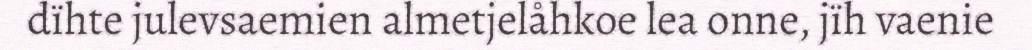
dïhte julevsaemien almetjelåhkoe lea onne, jïh vaenie